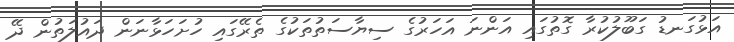
އަޅުގަނޑު ގަބޫލުކުރާ ގޮތުގައި އަންނަ އަހަރުގެ ސިޔާސަތުތަކުގެ ތެރޭގައި ހުށަހަޅާނަން ދައުލަތުން ދޭ